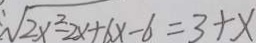
\sqrt { 2 x ^ { 2 } - 2 x + 6 x - 6 } = 3 + x